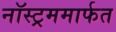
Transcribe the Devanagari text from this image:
नॉस्ट्रममार्फत